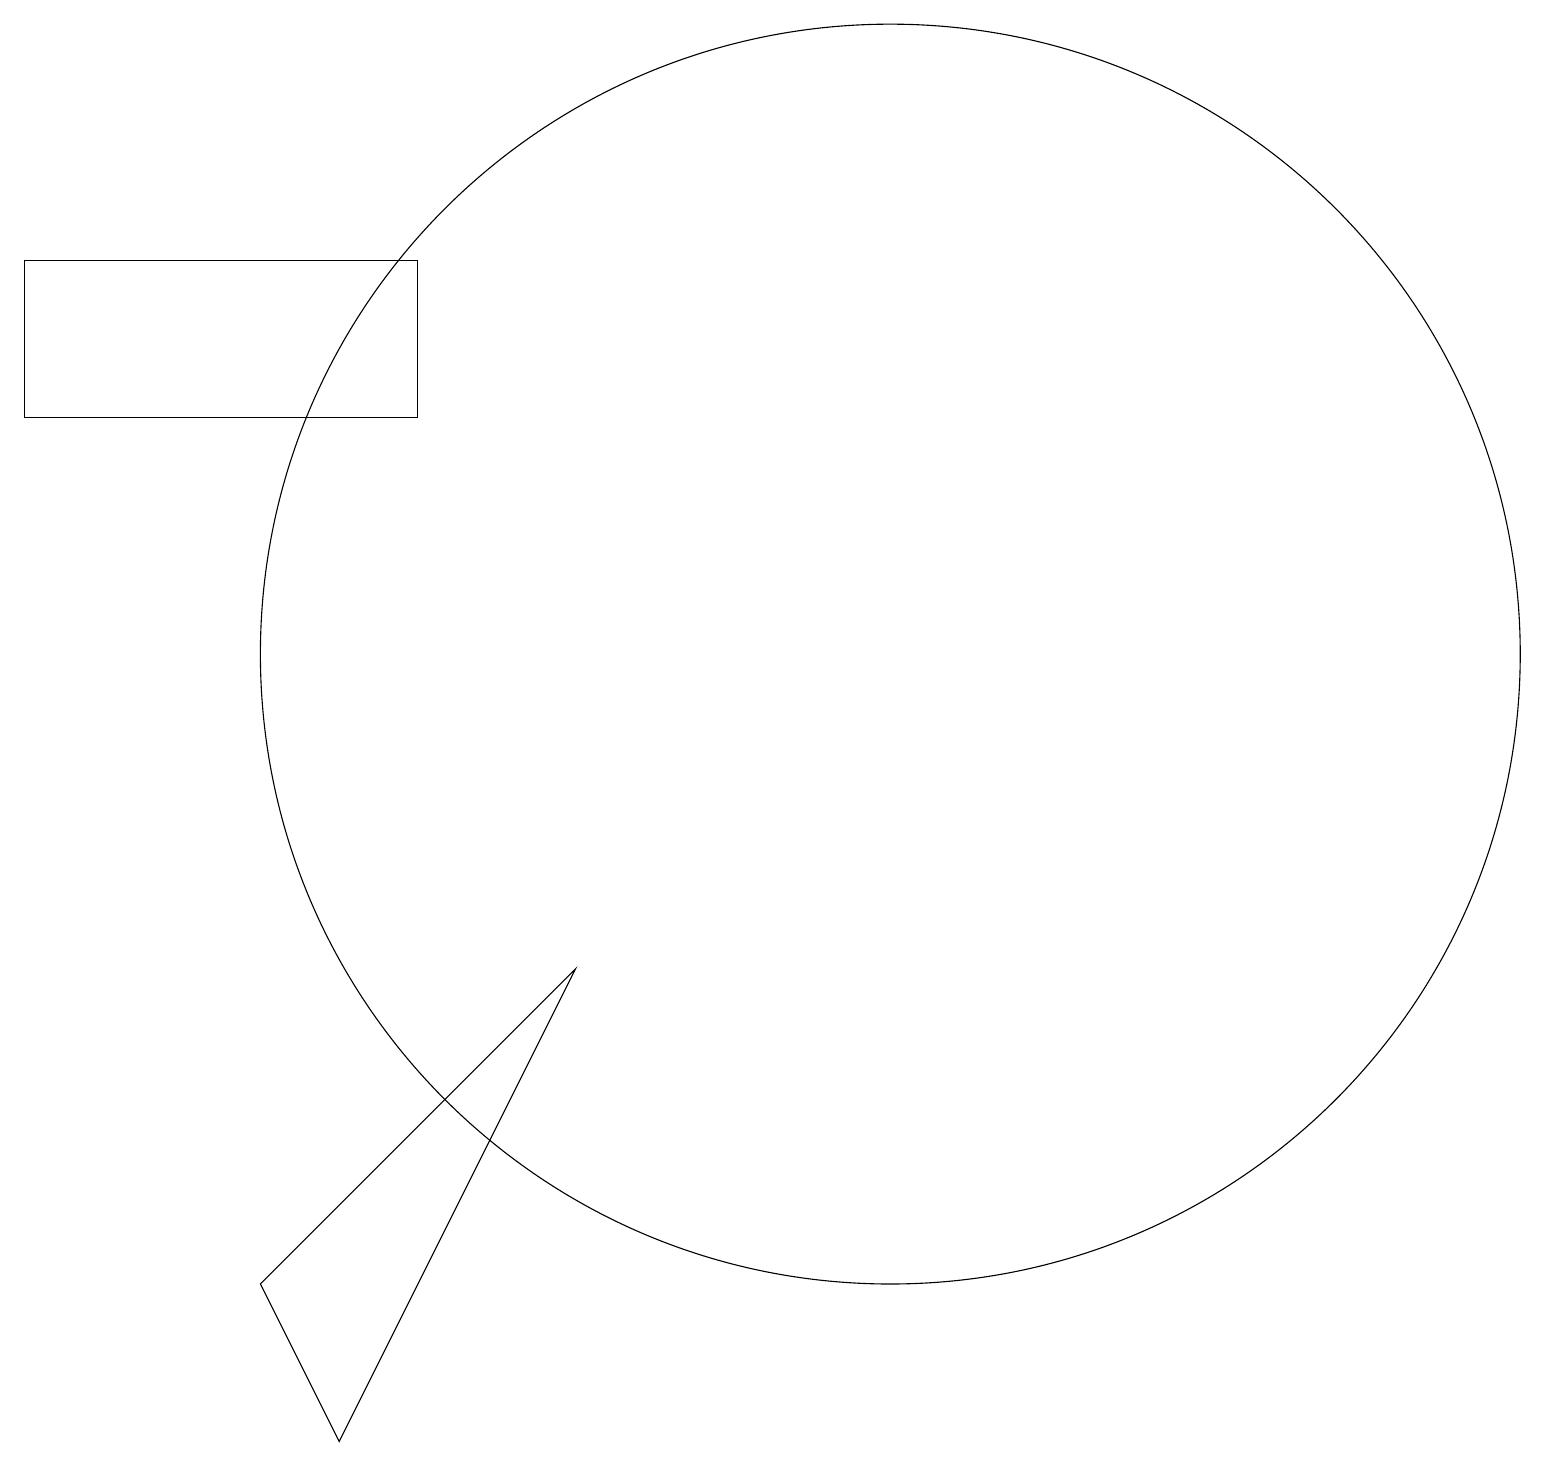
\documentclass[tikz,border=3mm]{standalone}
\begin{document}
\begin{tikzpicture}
\draw (11,12) circle (8);
\draw (5,17) rectangle (0,15);
\draw (7,8) -- (4,2) -- (3,4) -- cycle;
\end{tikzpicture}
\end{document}